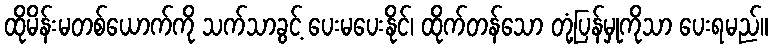
ထိုမိန်းမတစ်ယောက်ကို သက်သာခွင့် ပေးမပေးနိုင်၊ ထိုက်တန်သော တုံ့ပြန်မှုကိုသာ ပေးရမည်။